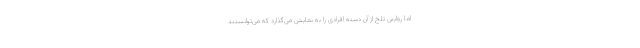
اما روایتی تلخ از آن دسته افرادی را به نمایش می‌گذارد که می‌توانستند